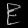
Digit: ၉